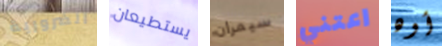
الضرورية يستطيعان سيمران اعتني أوه